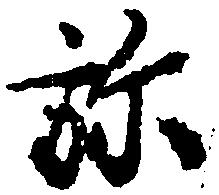
弥